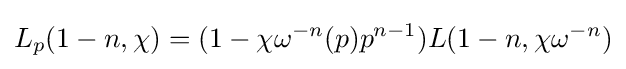
\displaystyle L_{p}(1-n,\chi )=(1-\chi \omega ^{-n}(p)p^{n-1})L(1-n,\chi \omega ^{-n})